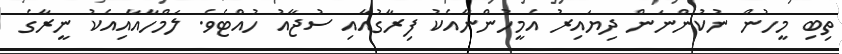
ތިބި މީހުން ނުކުންނަން ދިޔައިރު އެމީހުންނާއެކު ފިރާގުއާއި ސުޖާއު ހުއްޓެވެ. ލަމްހާއާއިއެކު ނީރާގެ